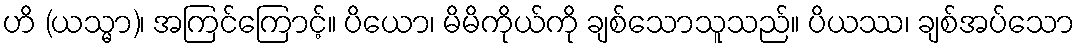
ဟိ (ယသ္မာ)၊ အကြင်ကြောင့်။ ပိယော၊ မိမိကိုယ်ကို ချစ်သောသူသည်။ ပိယဿ၊ ချစ်အပ်သော